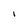
Character: I